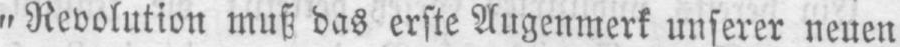
„Revolution muß das erste Augenmerk unserer neuen